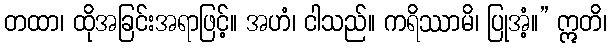
တထာ၊ ထိုအခြင်းအရာဖြင့်။ အဟံ၊ ငါသည်။ ကရိဿာမိ၊ ပြုအံ့။” ဣတိ၊